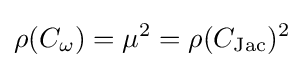
\rho (C_{\omega })=\mu ^{2}=\rho (C_{\text{Jac}})^{2}